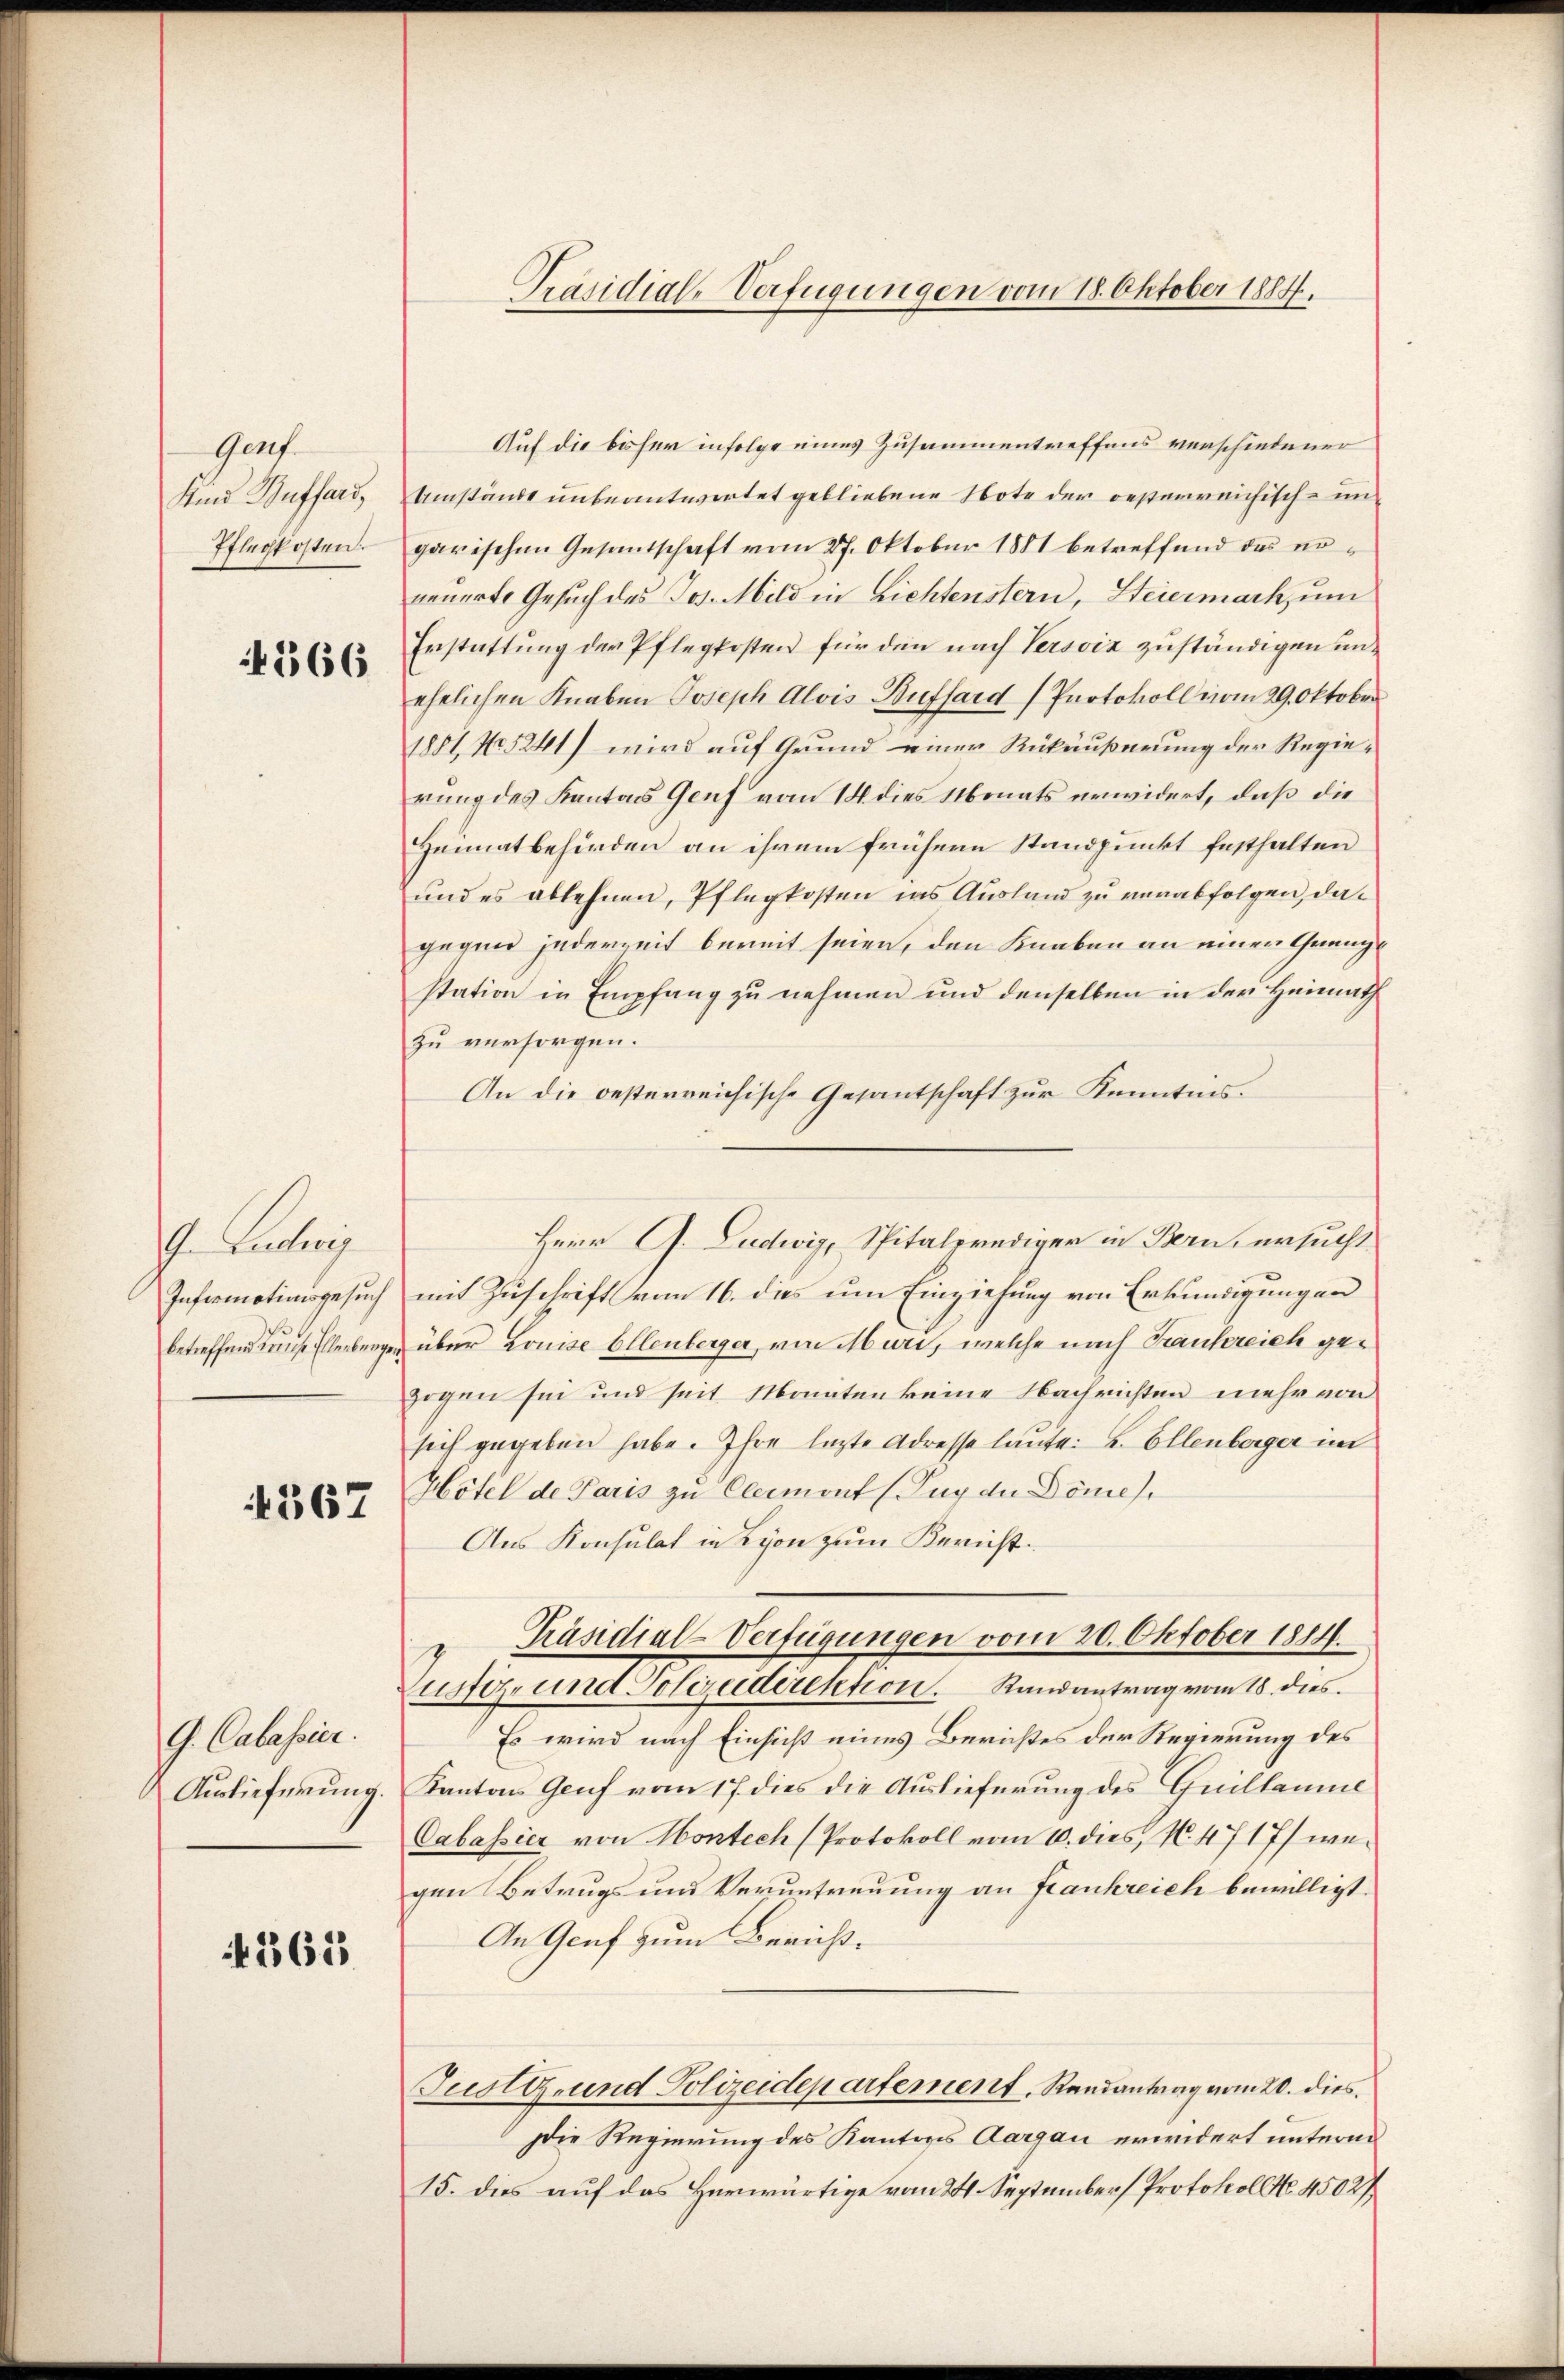
Genf.
Sind Buffand,
Pflegkosten.

4166

s. Leichung
Infermotivisgesuch
betreffend Kunste Ellenburge

567

G. Calassier.
Auslieferung.

365

Präsidial-Verfügungen vom 18. Oktober 1884.

Auf die bisher infolge eines Zusammentreffens verschiedener
Umstände unbeantwortet gebliebene Note der oesterreichisch- un
garischen Gesantschaft vom 27. Oktober 1881 betreffend das nöneuerte Gesuch des Jos. Mild in Lichtenstern, Steiermach, um
Erstattung der Pflegkosten für den nach Versviz zuständigen unehelichen Knaben Joseph Alois Buffard (Protokoll vom 29. Oktober
1881, No 5241) wird auf Grund einer Rückäußerung der Regierung des Kantons Genf vom 14. dies Monats unwidert, daß die
Heimatbehörden an ihrem frühern Standpunkt festhalten
und es ablehnen, Pflegkosten ins Ausland zu verabfolgen, dagegen jederzeit berit seien, den Knaben an einen Gränzstation in Empfang zu nehmen und denselben in der Heimath
zu versorgen.
An die oesterreichische Gesantschaft zur Kenntnis.
mit Zuschrift vom 16. dies um Einziehung von Erkundigungen
über Louise Ellenberger, von Muri, welche nach Frankreich gegegen sie und seit Monaten keine Nachrichten mehr von
sich gegeben habe. Ihre lezte Adresse laute: u. Ellenberger im
Hôtel de Paris zu Clermont (Zug der Domes
Aus Konsulat in Lyon zum Bericht.
Präsidial-Verfügungen vom 20. Oktober 1884.
Justiz- und Polizeidirektion. Randantrag vom 18. dies
Es wird nach Einsicht eines Berichtes der Regierung des
Kantons Genf vom 17. dies die Auslieferung des Guillaume
Cabassier von Hontech (Protokoll vom 10. dies, No. 4717/ wegen Betrugs und Veruntreuung an Frankreich bewilligt.
An Graf zum Bericht¬
Justiz- und Polizeidepartement. Randantrag vom 20. dies
Die Regierung des Kantons Aargau erwidert unterm
15. dies auf das Herwärtige vom 24. September (Protokoll No 4502/

Herr G. Ludwig, Spitalprediger in Bern, ersucht